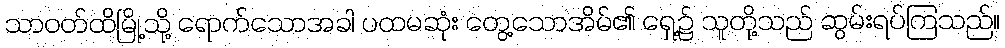
သာဝတ်ထိမြို့သို့ ရောက်သောအခါ ပထမဆုံး တွေ့သောအိမ်၏ ရှေ့၌ သူတို့သည် ဆွမ်းရပ်ကြသည်။